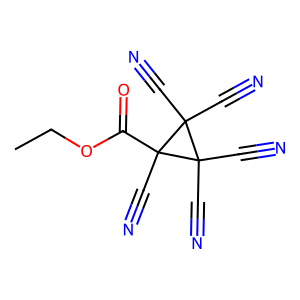
SMILES: CCOC(=O)C1(C#N)C(C#N)(C#N)C1(C#N)C#N
Inhibits HIV replication: No